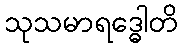
သုသမာရဒ္ဓေါတိ